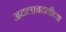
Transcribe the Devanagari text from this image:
अदलाबदलीच्या